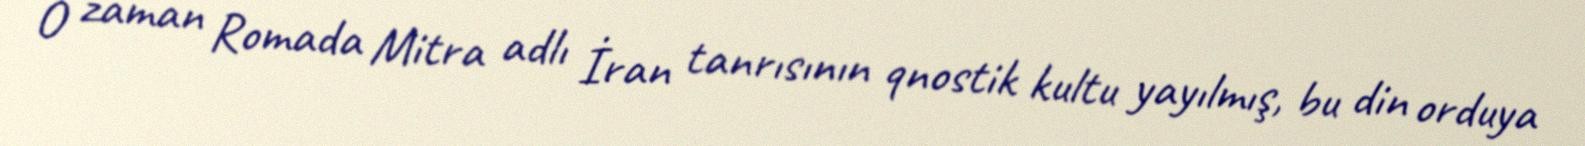
O zaman Romada Mitra adlı İran tanrısının qnostik kultu yayılmış, bu din orduya